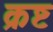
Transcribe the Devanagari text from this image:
क्रष्ट